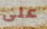
على